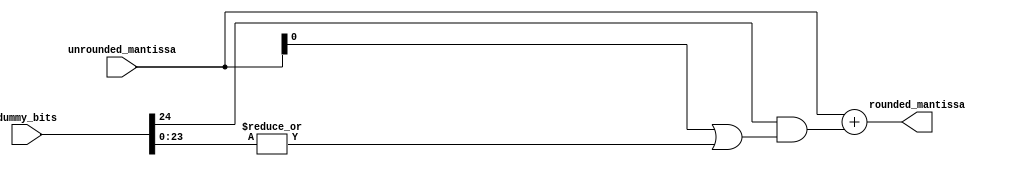
`timescale 1ns / 1ps
//////////////////////////////////////////////////////////////////////////////////
// Company: 
// Engineer: 
// 
// Design Name: 
// Module Name:    rounding 
// Project Name: 
// Target Devices: 
// Tool versions: 
// Description: A  B
//
// Dependencies: 
//
// Revision: 
// Revision 0.01 - File Created
// Additional Comments: 
//
//////////////////////////////////////////////////////////////////////////////////

module rounding #(	parameter SIZE_MOST_S_MANTISSA = 24,
					parameter SIZE_LEAST_S_MANTISSA= 25)
				(	input [SIZE_MOST_S_MANTISSA - 1 : 0] unrounded_mantissa,
					input [SIZE_LEAST_S_MANTISSA- 1 : 0] dummy_bits,
					output[SIZE_MOST_S_MANTISSA - 1 : 0] rounded_mantissa);
	
	wire g, sticky, round_dec;
	
	assign g = dummy_bits[SIZE_LEAST_S_MANTISSA - 1];
	assign sticky = |(dummy_bits[SIZE_LEAST_S_MANTISSA - 2 : 0]);
	assign round_dec = g & (unrounded_mantissa[0] | sticky);
	assign rounded_mantissa = unrounded_mantissa + round_dec;
	
endmodule